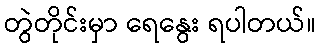
တွဲတိုင်းမှာ ရေနွေး ရပါတယ်။